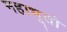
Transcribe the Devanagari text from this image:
महाभूतो